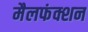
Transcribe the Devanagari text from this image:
मैलफंक्शन